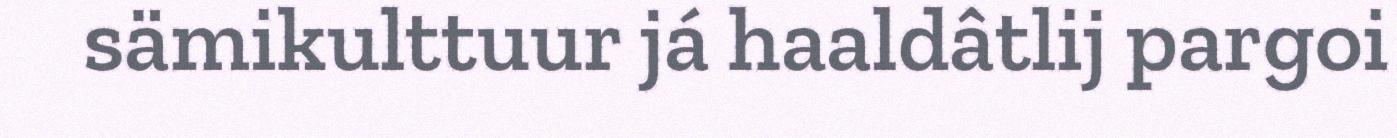
sämikulttuur já haaldâtlij pargoi